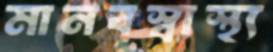
মানবস্বাস্থ্য